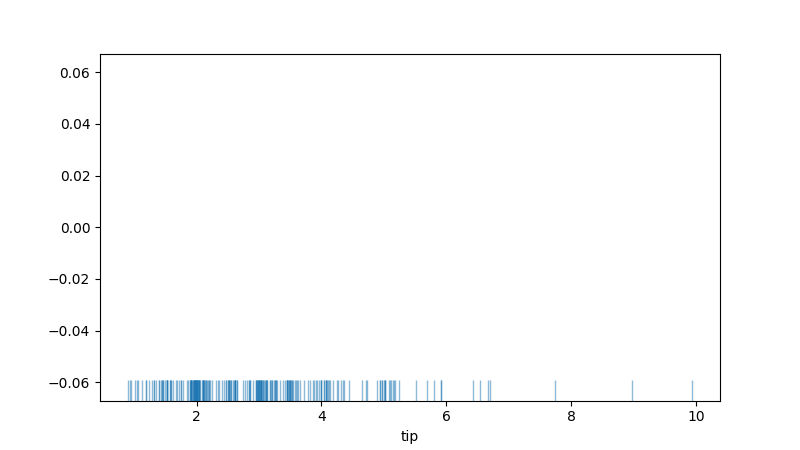
python, seaborn, rugplot, height=0.06, axis='x', alpha=0.5